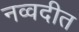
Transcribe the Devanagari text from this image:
नव्वदीत